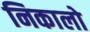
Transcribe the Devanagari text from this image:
निकालो